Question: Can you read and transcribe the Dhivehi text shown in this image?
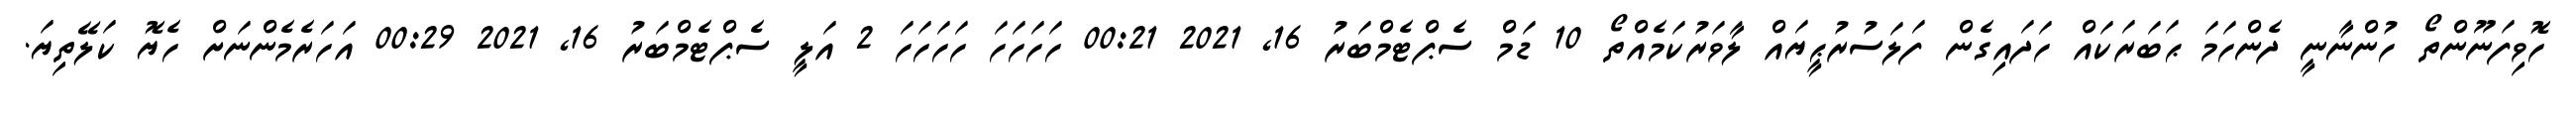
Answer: ހޮވިފަނޫންތޯ ހުންނާނީ ދެންހަމަ ޙަބަރަކައް ހަދައިގެން ފަލަސުރުޙީޔައް ލާވަރުކަމެއްތޯ 10 ޑަމް ސެޕްޓެމްބަރު 16, 2021 00:21 ހަހަހަހަ ހަހަހަހަ 2 އަލީ ސެޕްޓެމްބަރު 16, 2021 00:29 އަހަރެމެންނަށް ހެޔޮ ކަލޭތިޔަ.